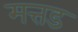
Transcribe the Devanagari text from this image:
मत्तड